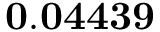
\mathbf { 0 . 0 4 4 3 9 }